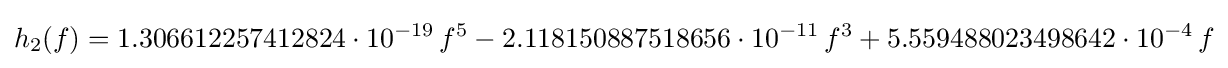
h_{2}(f)=1.306612257412824\cdot 10^{-19}\,f^{5}-2.118150887518656\cdot 10^{-11}\,f^{3}+5.559488023498642\cdot 10^{-4}\,f